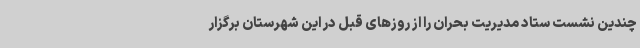
چندین نشست ستاد مدیریت بحران را از روزهای قبل در این شهرستان برگزار